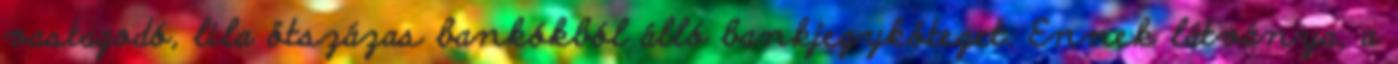
vastagodó, lila ötszázas bankókból álló bankjegyköteget. Ennek látványa, a